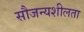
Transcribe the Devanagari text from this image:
सौजन्यशीलता